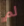
لم